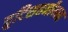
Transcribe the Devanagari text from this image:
त्रुटिसहनीयना